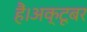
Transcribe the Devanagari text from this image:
हैं।अक्टूबर